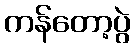
ကန်တော့ပွဲ